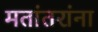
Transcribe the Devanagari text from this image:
मतांतरांना